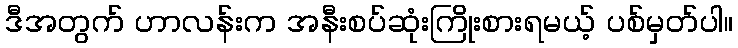
ဒီအတွက် ဟာလန်းက အနီးစပ်ဆုံးကြိုးစားရမယ့် ပစ်မှတ်ပါ။